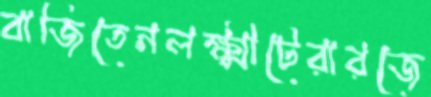
বাজিতেনলক্ষ্মীটেরারজে